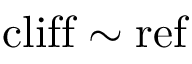
\mathrm { c l i f f } \sim \mathrm { r e f }